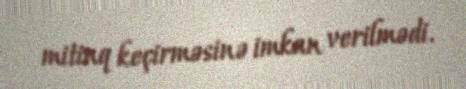
mitinq keçirməsinə imkan verilmədi.